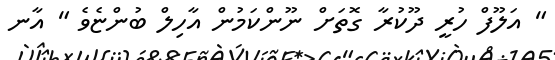
" އަލޫފް ހުރީ ދޫކުރާ ގޮތަށް ނޫންކަމުން އާހިލް ބުންޏެވެ " އާނ